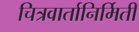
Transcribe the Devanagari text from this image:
चित्रवार्तानिर्मिती